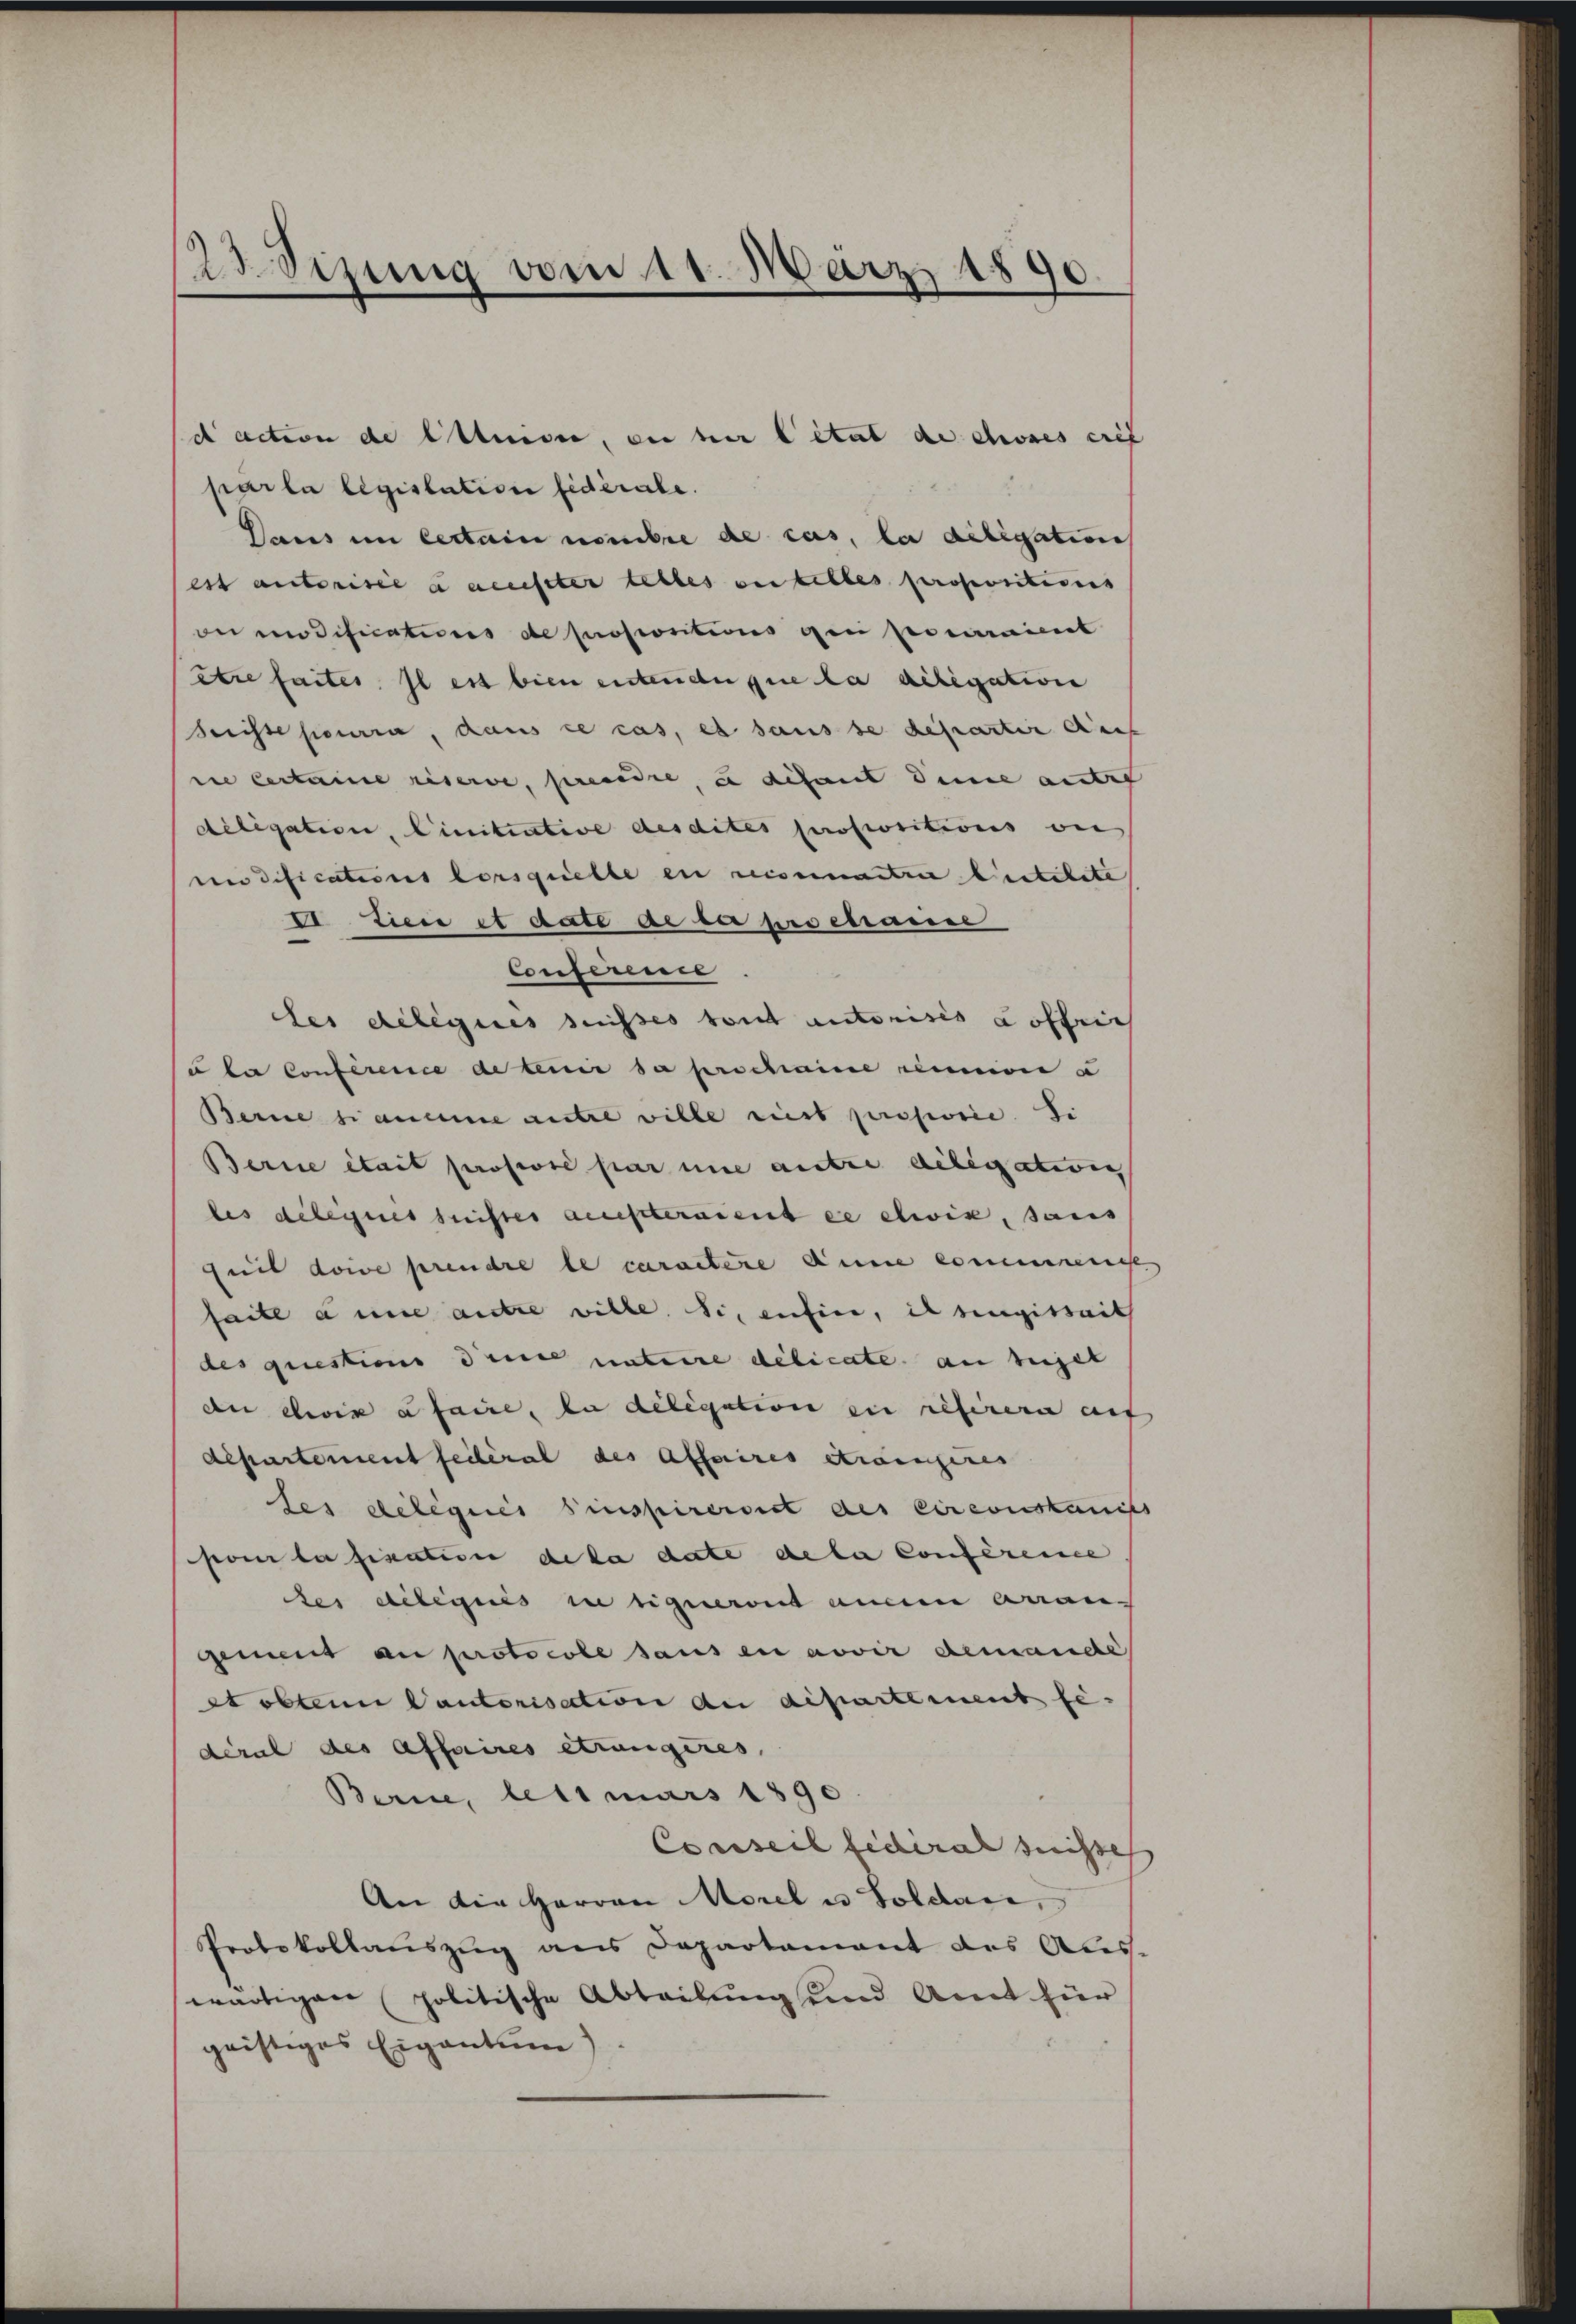
23. Sizung vom 11. März 1890

d action de Ottensee, die her Citat de choses tref
parla legislation fidérale.
Daus in Certain nombre de cas, la diligation
est autorisée a accister lebtes vertelles propositions
oi edifications de proponitions gen pourraient
etre faites. Il est bien entende que la deligation
Preisse pourra, dans ce cas, es sans se departir dies
rie certaine riserve, prendre, e disant deine autet
délégation, linitiative desdites propositions be
en difications lorsquelle en reisammetrie bestilite
1 dien 1 Acte actu pro cause
Conference
des deliques sesses tout autorisis Koffen
u der Conference de tenir sa perschaine réunion u
Berne si aneine antre wille nit prosvrie. Si
Berne était prosivre par une autre diligativen
les deleques seister auesteraient ex elwix, sans
suit doive prendre le caractere Anne es nement
faill anne antre ville. Si, einfin, il regissait
des questions deute unterre delicate an beigel
dn ewig a faire, da delegation zu referern auf
departement feileral des Affaires etweingeres
tes delegiis Pinspirerist des circonskanist
pour la fination de la date deta Conférence
der diliquis in eigeront einem Arran-
gement au protocole sans en novir demande
stoblenn Cautorisation an dipartement se
déral des Affaires etwangeres,
Berne, lett mars 1890
Conseil fédéral Suisse
An die Herren Morel u Soldau,
Protokollauszug aus Departement des Ales.
wärtigen politische Abteilung und Amt für
geistiges Eigentum)